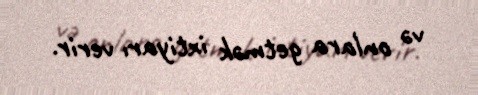
və onlara getmək ixtiyarı verir.